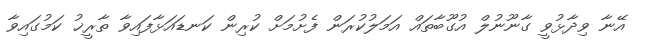
އޭނާ ވިދާޅުވީ ގާނޫނުލް އުގޫބާތައް އަމަލުކުރަން ފެށުމަށް ކުރިން ކަނޑައަޅާފައިވާ ތާރީޚު ކަމުގައިވާ